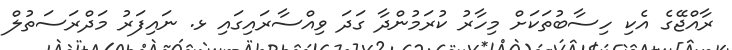
ރާއްޖޭގެ އެކި ހިސާބުތަކަށް މިހާރު ކުރަމުންދާ ގަދަ ވިއްސާރައިގައި ޅ. ނައިފަރު މަދްރަސަތުލް